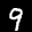
Label: 9